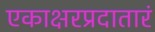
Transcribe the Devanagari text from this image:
एकाक्षरप्रदातारं